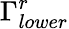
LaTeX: \Gamma_{lower}^{r}